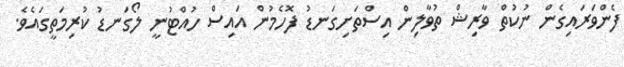
ފެންވަރައިގެން ނުކުތް ވާރިޝް ތުވާލިން އިސްތަށިގަނޑު ފޮހެމުން އައިސް ހުއްޓުނީ ލޯގަނޑު ކުރިމަތީގައެވެ.